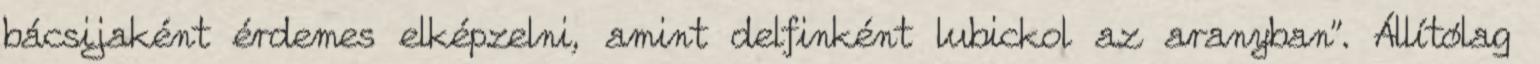
bácsijaként érdemes elképzelni, amint delfinként lubickol az aranyban”. Állítólag